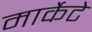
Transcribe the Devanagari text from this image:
मार्केटे